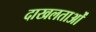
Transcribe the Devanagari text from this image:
दाखलताओं